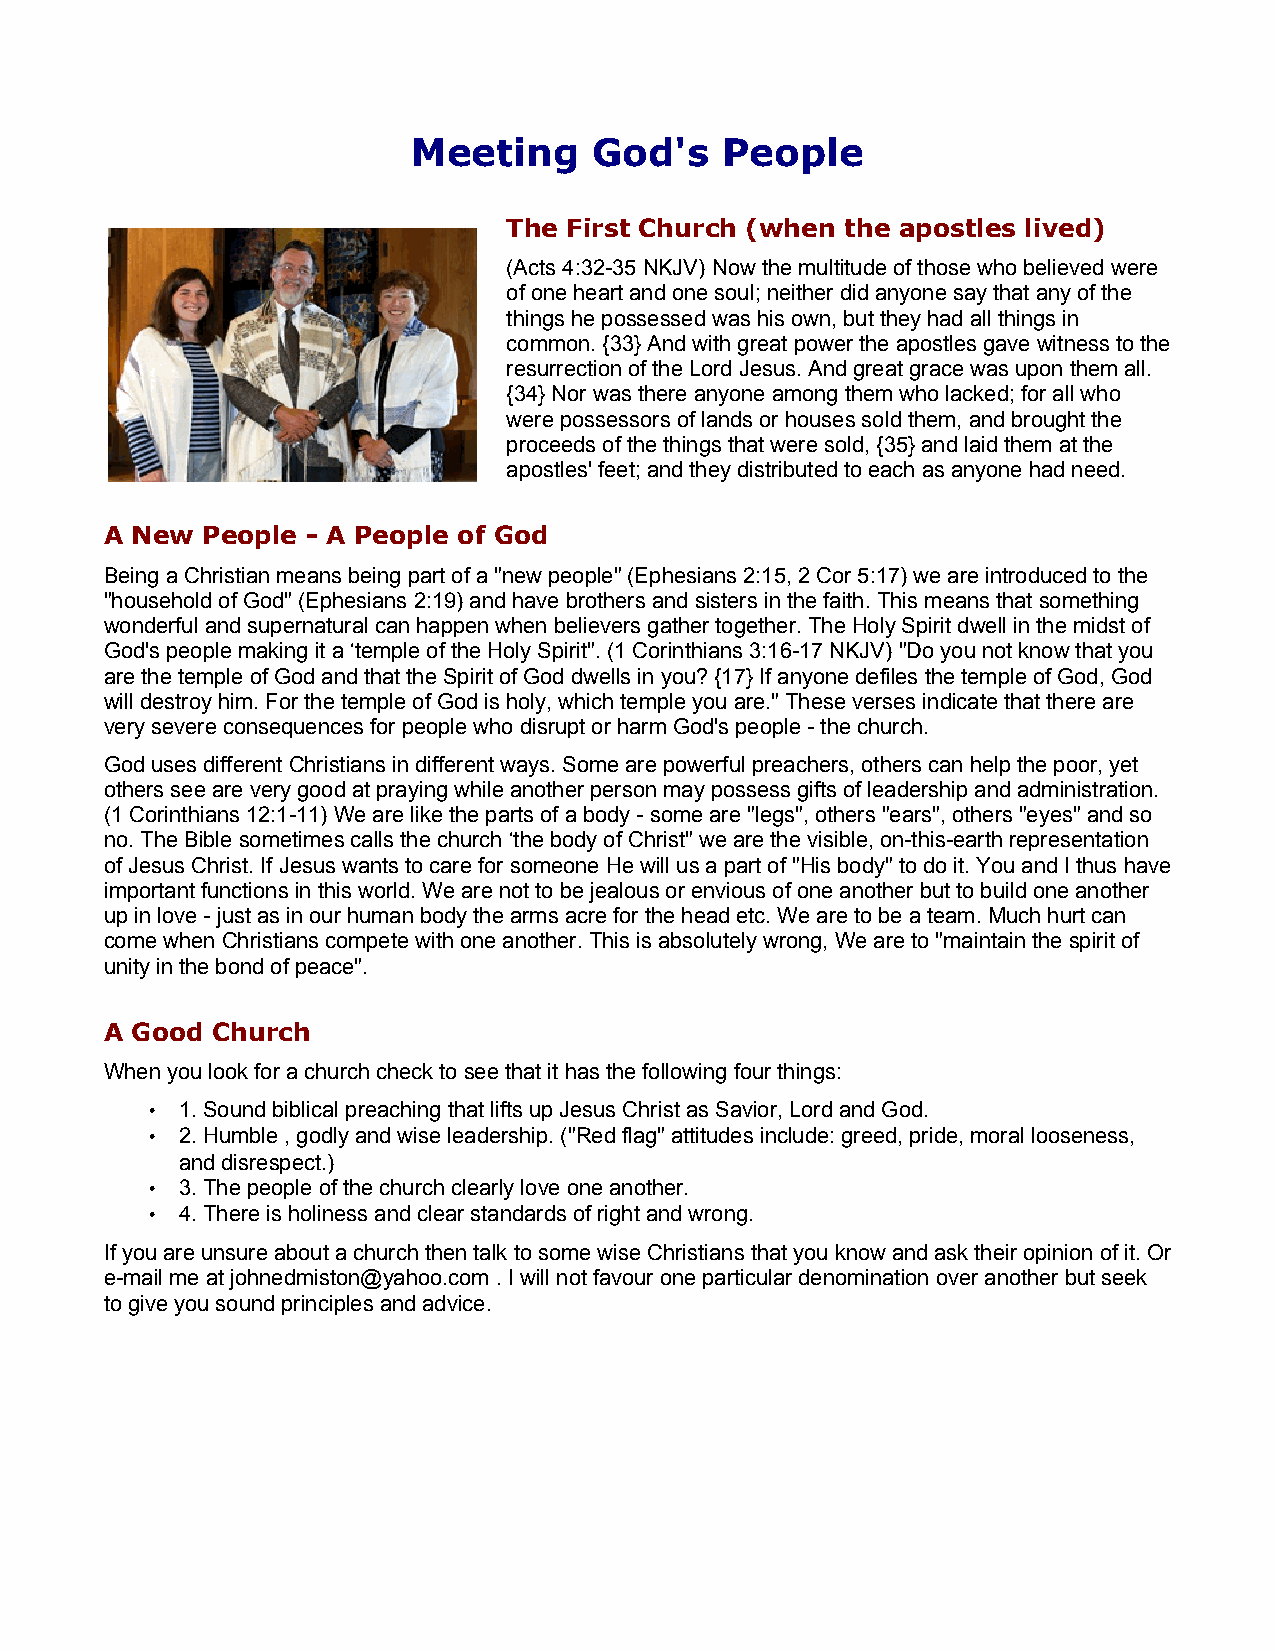
Meeting     God's    People
 The First Church (when the apostles lived)
 (Acts 4:32-35 NKJV) Now the multitude of those who believed were
 of one heart and one soul; neither did anyone say that any of the
 things he possessed was his own, but they had all things in
 common. {33} And with great power the apostles gave witness to the
 resurrection of the Lord Jesus. And great grace was upon them all.
 {34} Nor was there anyone among them who lacked; for all who
 were possessors of lands or houses sold them, and brought the
 proceeds of the things that were sold, {35} and laid them at the
 apostles' feet; and they distributed to each as anyone had need.
 A New People - A People of God
 Being a Christian means being part of a "new people" (Ephesians 2:15, 2 Cor 5:17) we are introduced to the
 "household of God" (Ephesians 2:19) and have brothers and sisters in the faith. This means that something
 wonderful and supernatural can happen when believers gather together. The Holy Spirit dwell in the midst of
 God's people making it a ‘temple of the Holy Spirit". (1 Corinthians 3:16-17 NKJV) "Do you not know that you
 are the temple of God and that the Spirit of God dwells in you? {17} If anyone defiles the temple of God, God
 will destroy him. For the temple of God is holy, which temple you are." These verses indicate that there are
 very severe consequences for people who disrupt or harm God's people - the church.
 God uses different Christians in different ways. Some are powerful preachers, others can help the poor, yet
 others see are very good at praying while another person may possess gifts of leadership and administration.
 (1 Corinthians 12:1-11) We are like the parts of a body - some are "legs", others "ears", others "eyes" and so
 no. The Bible sometimes calls the church ‘the body of Christ" we are the visible, on-this-earth representation
 of Jesus Christ. If Jesus wants to care for someone He will us a part of "His body" to do it. You and I thus have
 important functions in this world. We are not to be jealous or envious of one another but to build one another
 up in love - just as in our human body the arms acre for the head etc. We are to be a team. Much hurt can
 come when Christians compete with one another. This is absolutely wrong, We are to "maintain the spirit of
 unity in the bond of peace".
 A Good Church
 When you look for a church check to see that it has the following four things:
 • 1. Sound biblical preaching that lifts up Jesus Christ as Savior, Lord and God.
 • 2. Humble , godly and wise leadership. ("Red flag" attitudes include: greed, pride, moral looseness,
 and disrespect.)
 • 3. The people of the church clearly love one another.
 • 4. There is holiness and clear standards of right and wrong.
 If you are unsure about a church then talk to some wise Christians that you know and ask their opinion of it. Or
 e-mail me at johnedmiston@yahoo.com . I will not favour one particular denomination over another but seek
 to give you sound principles and advice.